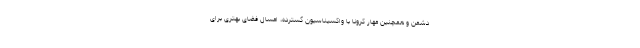
دشمن و همچنین مهار کرونا با واکسیناسیون گسترده، امسال فضای بهتری برای